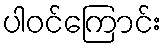
ပါဝင်ကြောင်း